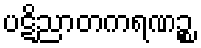
ပဋိညာတကရဏဉ္စ